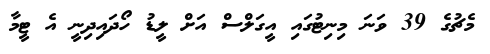
މެޗުގެ 39 ވަނަ މިނިޓުގައި އީގަލްސް އަށް ލީޑު ހޯދައިދިނީ އެ ޓީމާ